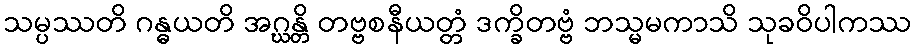
သမ္ပဿတိ ဂန္ဓယတိ အဂ္ဃန္တိ တဗ္ဗစနီယတ္တံ ဒက္ခိတဗ္ဗံ ဘသ္မမကာသိ သုခဝိပါကဿ